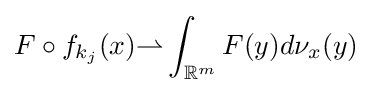
F\circ f_{k_{j}}(x){\rightharpoonup }\int _{\mathbb {R} ^{m}}F(y)d\nu _{x}(y)